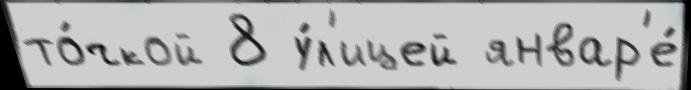
то́чкой 8 у́л'ицей январ'е́